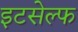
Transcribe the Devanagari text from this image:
इटसेल्फ